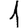
Digit: 1